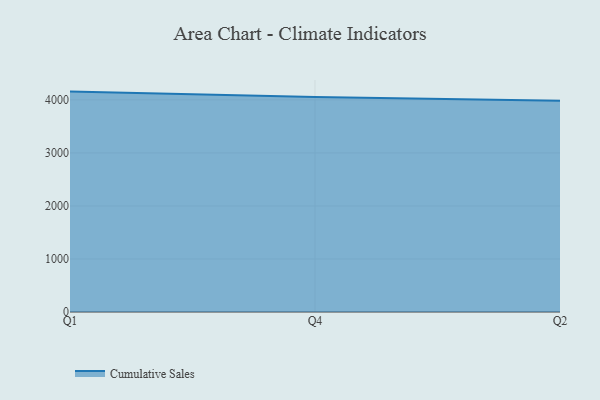
{"axis": {"x": "Quarter", "y": "Bounce Rate (%)"}, "legend": ["Cumulative Sales"], "data": [{"x": "Q1", "y": 4156.1, "type": "Cumulative Sales"}, {"x": "Q4", "y": 4052.2, "type": "Cumulative Sales"}, {"x": "Q2", "y": 3983.2, "type": "Cumulative Sales"}]}